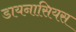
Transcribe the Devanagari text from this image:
डायनासियस